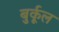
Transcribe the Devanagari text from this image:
बुर्कूल